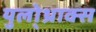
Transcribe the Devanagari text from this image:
युलो्थ्राक्स